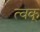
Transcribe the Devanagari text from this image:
त्वक्‌